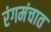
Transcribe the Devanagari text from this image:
रंगमंचात